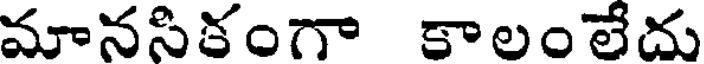
మానసికంగా కాలంలేదు